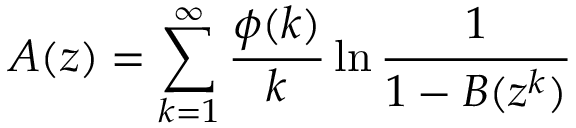
A ( z ) = \sum _ { k = 1 } ^ { \infty } { \frac { \phi ( k ) } { k } } \ln { \frac { 1 } { 1 - B ( z ^ { k } ) } }